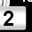
Digit: 2